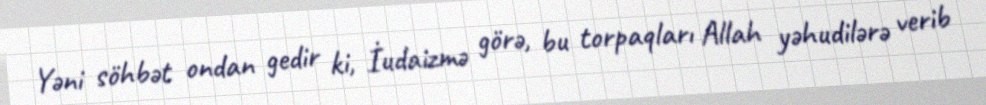
Yəni söhbət ondan gedir ki, İudaizmə görə, bu torpaqları Allah yəhudilərə verib